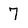
Character: 7